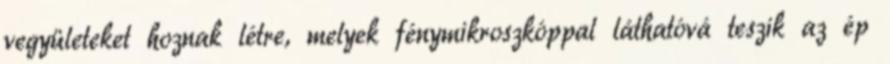
vegyületeket hoznak létre, melyek fénymikroszkóppal láthatóvá teszik az ép